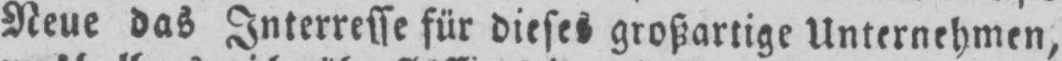
Neue das Interresse für dieses großartige Unternehmen,